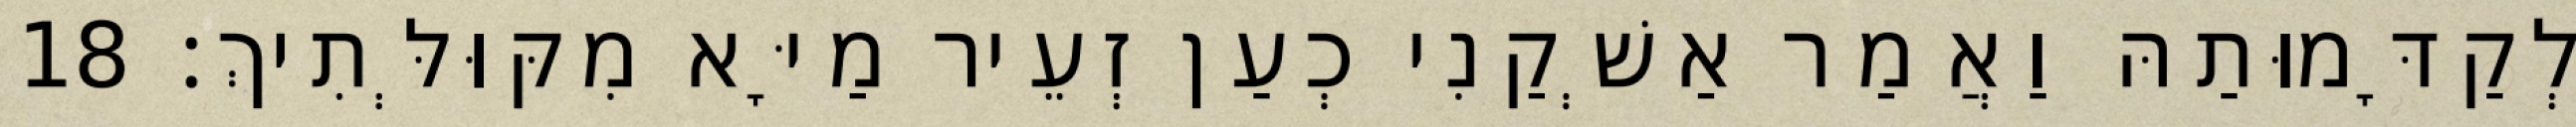
לְקַדָּמוּתַהּ וַאֲמַר אַשְׁקַנִי כְעַן זְעֵיר מַיָּא מִקּוּלְּתִיךְ׃ 18